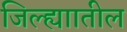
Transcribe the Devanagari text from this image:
जिल्ह्याातील